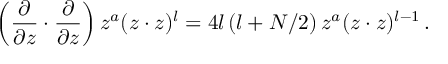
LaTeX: \left( { \frac { \partial } { \partial z } } \cdot { \frac { \partial } { \partial z } } \right) z ^ { a } ( z \cdot z ) ^ { l } = 4 l \, ( l + N / 2 ) \, z ^ { a } ( z \cdot z ) ^ { l - 1 } \, .